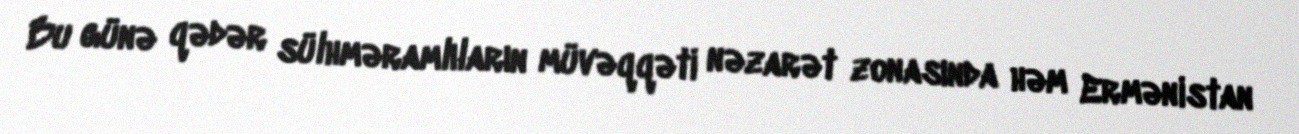
Bu günə qədər sülhməramlıların müvəqqəti nəzarət zonasında həm Ermənistan